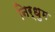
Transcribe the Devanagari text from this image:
निर्धुम